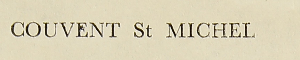
Couvent St Michel